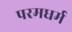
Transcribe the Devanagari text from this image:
परमधर्म